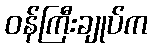
ဝန်ကြီးချုပ်က